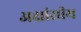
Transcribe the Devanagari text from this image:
अक्षांसीय